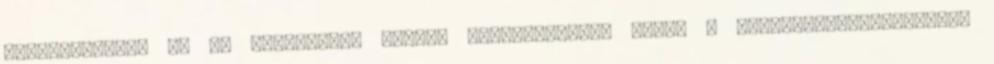
szervezetnek, és az egészsége. Démoni ikertestvérek avagy a doppelgänger-jelenség